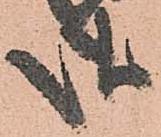
御